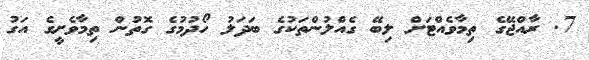
7. ރާއްޖޭގެ ތިމާވެއްޓަށް ލިބޭ ގެއްލުންތަކުގެ ބަދަލު ހޯދުމުގެ ގޮތުން ތިމާވެށީގެ އަގު